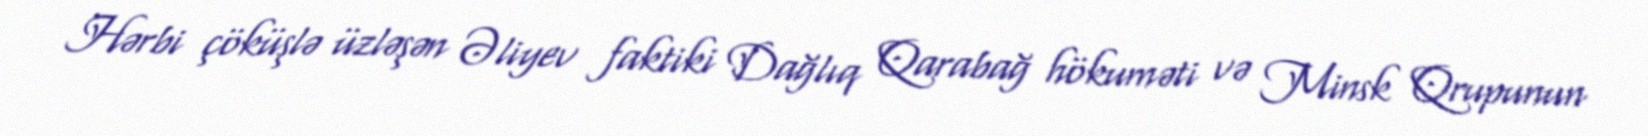
Hərbi çöküşlə üzləşən Əliyev faktiki Dağlıq Qarabağ hökuməti və Minsk Qrupunun